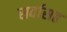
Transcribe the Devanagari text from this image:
सर्वासह